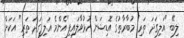
ލިބޭ "އަލިގަދަ ތަރި" މުބާރާތުގެ އޮޑިޝަން ހުޅުވާލައިފި"އެންމެ އަލި ގަދަ ތަރި" އަކަށް